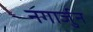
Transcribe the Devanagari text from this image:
नगार्जुन